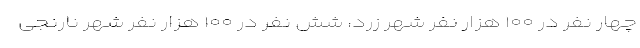
چهار نفر در ۱۰۰ هزار نفر شهر زرد، شش نفر در ۱۰۰ هزار نفر شهر نارنجی